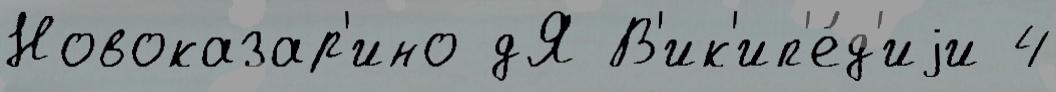
Новоказар'ино дЯ В'ик'ип'е́д'иjи 4